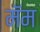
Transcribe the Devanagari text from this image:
मॅम